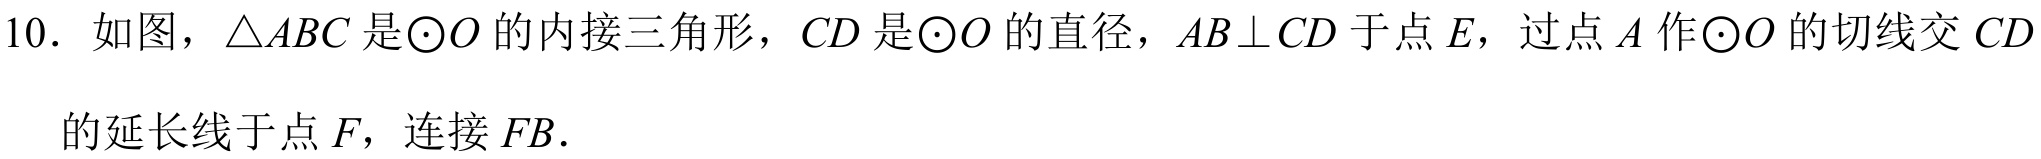
10. 如图，\(\triangle ABC\) 是\(\odot O\) 的内接三角形，\(CD\) 是\(\odot O\) 的直径，\(AB\perp CD\) 于点 \(E\)，过点 \(A\) 作\(\odot O\) 的切线交 \(CD\) 的延长线于点 \(F\)，连接 \(FB\).